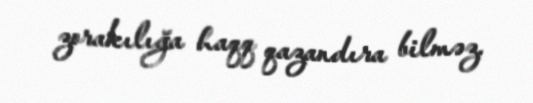
zorakılığa haqq qazandıra bilməz.